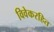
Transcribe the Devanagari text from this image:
विवेकरहित